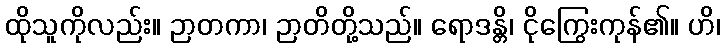
ထိုသူကိုလည်း။ ဉာတကာ၊ ဉာတိတို့သည်။ ရောဒန္တိ၊ ငိုကြွေးကုန်၏။ ဟိ၊